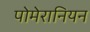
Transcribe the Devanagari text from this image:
पोमेरानियन